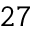
^ { 2 7 }